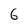
Character: 6